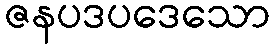
ဇနပဒပဒေသော